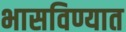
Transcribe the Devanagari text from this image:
भासविण्यात